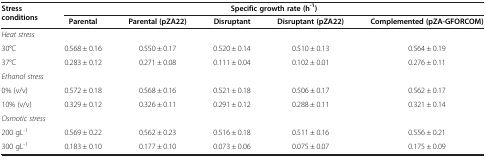
<table><thead><tr><td><b>Stress conditions</b></td><td colspan="5"><b>Specific growth rate (h<sup>-1</sup>)</b></td></tr><tr><td><b> </b></td><td><b>Parental</b></td><td><b>Parental (pZA22)</b></td><td><b>Disruptant</b></td><td><b>Disruptant (pZA22)</b></td><td><b>Complemented (pZA-GFORCOM)</b></td></tr></thead><tbody><tr><td colspan="6"><i>Heat stress</i></td></tr><tr><td>30°C</td><td>0.568 ± 0.16</td><td>0.550 ± 0.17</td><td>0.520 ± 0.14</td><td>0.510 ± 0.13</td><td>0.564 ± 0.19</td></tr><tr><td>37°C</td><td>0.283 ± 0.12</td><td>0.271 ± 0.08</td><td>0.111 ± 0.04</td><td>0.102 ± 0.01</td><td>0.276 ± 0.11</td></tr><tr><td colspan="6"><i>Ethanol stress</i></td></tr><tr><td>0% (v/v)</td><td>0.572 ± 0.18</td><td>0.568 ± 0.16</td><td>0.521 ± 0.18</td><td>0.506 ± 0.17</td><td>0.562 ± 0.17</td></tr><tr><td>10% (v/v)</td><td>0.329 ± 0.12</td><td>0.326 ± 0.11</td><td>0.291 ± 0.12</td><td>0.288 ± 0.11</td><td>0.321 ± 0.14</td></tr><tr><td colspan="6"><i>Osmotic stress</i></td></tr><tr><td>200 gL<sup>-1</sup></td><td>0.569 ± 0.22</td><td>0.562 ± 0.23</td><td>0.516 ± 0.18</td><td>0.511 ± 0.16</td><td>0.556 ± 0.21</td></tr><tr><td>300 gL<sup>-1</sup></td><td>0.183 ± 0.10</td><td>0.177 ± 0.10</td><td>0.073 ± 0.06</td><td>0.075 ± 0.07</td><td>0.175 ± 0.09</td></tr></tbody></table>